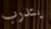
يتدرب